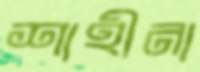
শাহীনা